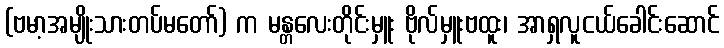
(ဗမာ့အမျိုးသားတပ်မတော်) က မန္တလေးတိုင်းမှူး ဗိုလ်မှူးဗထူး၊ အာရှလူငယ်ခေါင်းဆောင်